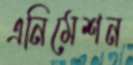
এনিমেশন